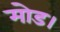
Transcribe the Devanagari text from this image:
मोड।